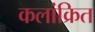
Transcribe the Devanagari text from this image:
कलांक्रित